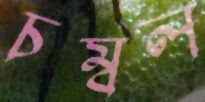
চম্বল